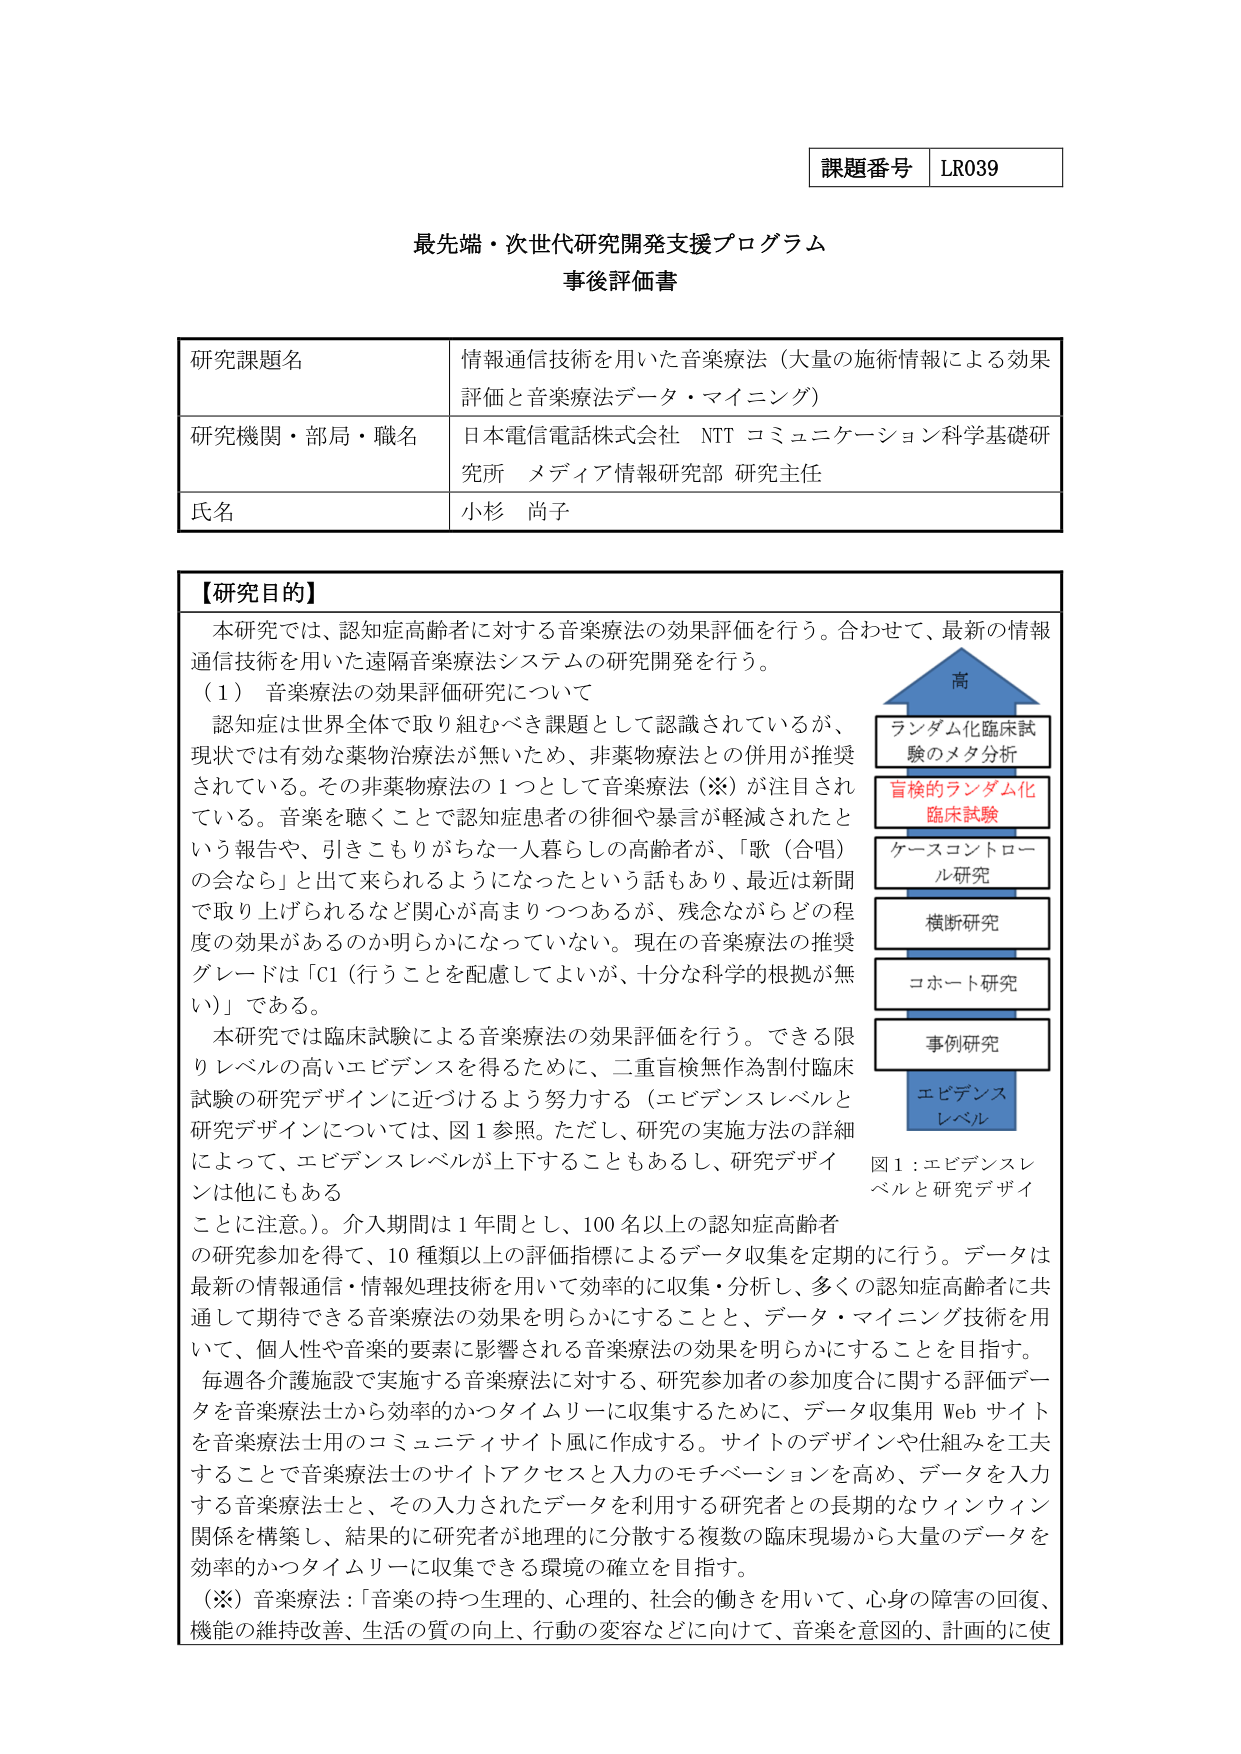
課題番号 LR039

最先端・次世代研究開発支援プログラム
事後評価書

研究課題名 情報通信技術を用いた音楽療法（大量の施術情報による効果評価と音楽療法データ・マイニング）

研究機関・部局・職名 日本電信電話株式会社 NTT コミュニケーション科学基礎研究所 メディア情報研究部 研究主任

氏名 小杉 尚子

【研究目的】
本研究では、認知症高齢者に対する音楽療法の効果評価を行う。合わせて、最新の情報通信技術を用いた遠隔音楽療法システムの研究開発を行う。
（1）音楽療法の効果評価研究について
認知症は世界全体で取り組むべき課題として認識されているが、現状では有効な薬物治療法が無いため、非薬物療法との併用が推奨されている。その非薬物療法の1つとして音楽療法（※）が注目されている。音楽を聴くことで認知症患者の徘徊や暴言が軽減されたという報告や、引きこもりがちな一人暮らしの高齢者が、「歌（合唱）の会なら」と出て来られるようになったという話もあり、最近は新聞で取り上げられるなど関心が高まりつつあるが、残念ながらどの程度の効果があるのか明らかになっていない。現在の音楽療法の推奨グレードは「C1（行うことを配慮してよいが、十分な科学的根拠が無い）」である。
本研究では臨床試験による音楽療法の効果評価を行う。できる限りレベルの高いエビデンスを得るために、二重盲検無作為割付臨床試験の研究デザインに近づけるよう努力する（エビデンスレベルと研究デザインについては、図1参照。ただし、研究の実施方法の詳細によって、エビデンスレベルが上下することもあるし、研究デザインは他にもあることに注意。）。介入期間は1年間とし、100名以上の認知症高齢者の研究参加を得て、10種類以上の評価指標によるデータ収集を定期的に行う。データは最新の情報通信・情報処理技術を用いて効率的に収集・分析し、多くの認知症高齢者に共通して期待できる音楽療法の効果を明らかにすることと、データ・マイニング技術を用いて、個人性や音楽的要素に影響される音楽療法の効果を明らかにすることを目指す。
毎週各介護施設で実施する音楽療法に対する、研究参加者の参加度合に関する評価データを音楽療法士から効率的かつタイムリーに収集するために、データ収集用Webサイトを音楽療法士用のコミュニティサイト風に作成する。サイトのデザインや仕組みを工夫することで音楽療法士のサイトアクセスと入力のモチベーションを高め、データを入力する音楽療法士と、その入力されたデータを利用する研究者との長期的なウィンウィン関係を構築し、結果的に研究者が地理的に分散する複数の臨床現場から大量のデータを効率的かつタイムリーに収集できる環境の確立を目指す。
（※）音楽療法：「音楽の持つ生理的、心理的、社会的働きを用いて、心身の障害の回復、機能の維持改善、生活の質の向上、行動の変容などに向けて、音楽を意図的、計画的に使

図1：エビデンスレベルと研究デザイン
高
ランダム化臨床試験のメタ分析
盲検的ランダム化臨床試験
ケースコントロール研究
横断研究
コホート研究
事例研究
エビデンスレベル